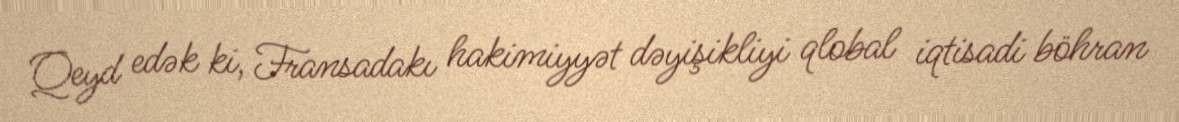
Qeyd edək ki, Fransadakı hakimiyyət dəyişikliyi qlobal iqtisadi böhran